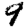
Digit: 9